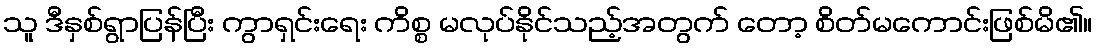
သူ ဒီနှစ်ရွာပြန်ပြီး ကွာရှင်းရေး ကိစ္စ မလုပ်နိုင်သည့်အတွက် တော့ စိတ်မကောင်းဖြစ်မိ၏။